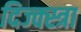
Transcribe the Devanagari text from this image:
दिज्क्स्त्रा